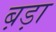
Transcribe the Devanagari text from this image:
ब़ड़ा